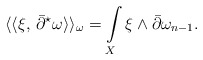
\begin{align*}\langle\langle \xi,\,\bar\partial^{\star}\omega\rangle\rangle_\omega= \int\limits_X \xi \wedge \bar\partial\omega_{n-1}.\end{align*}